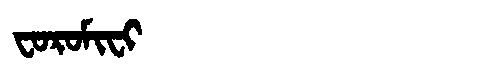
Manchu: ᠸᠣᡵᠣᠮᡳᠸᡳ
Romanization: FOROMIFI